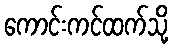
ကောင်းကင်ထက်သို့